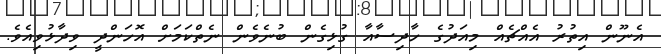
އެނޫން އިތުރު އެއްޗެއް މިއަދުގެ ހާދިސާއާ ގުޅިގެން ބުނެވެން ނެތްކަމަށް އޮހަންދީ ވިދާޅުވިއެވެ.